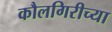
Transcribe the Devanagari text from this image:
कौलगिरीच्या